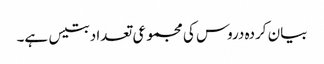
بیان کردہ دروس کی مجموعی تعداد بتیس ہے۔